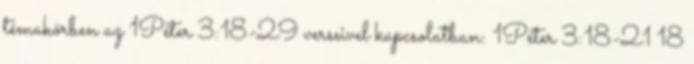
témakörben az 1Péter 3:18-29 verseivel kapcsolatban: 1Péter 3:18-21 18